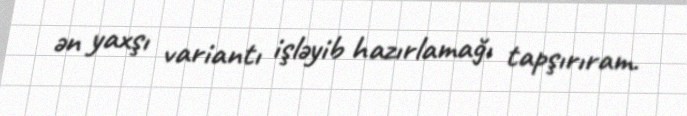
ən yaxşı variantı işləyib hazırlamağı tapşırıram.